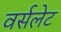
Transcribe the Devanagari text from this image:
वर्सलेट